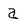
Character: a